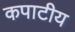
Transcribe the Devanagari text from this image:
कपाटीय